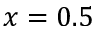
x = 0 . 5